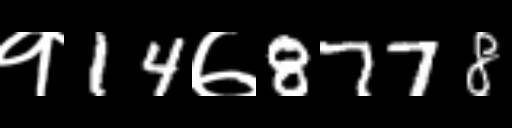
Text: १14७8778